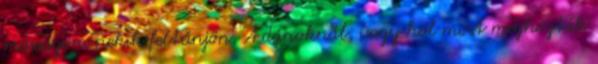
másságom nekik feltűnjön. A dánoknál, vagy hol most meghozták